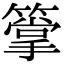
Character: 𥳶